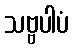
သဗ္ဗပါပံ